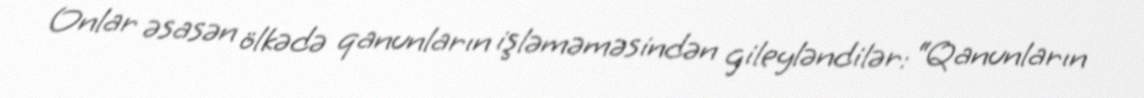
Onlar əsasən ölkədə qanunların işləməməsindən gileyləndilər: “Qanunların